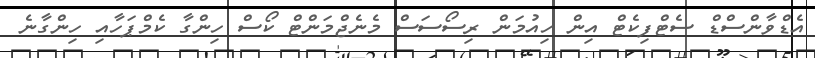
އެޑްވާންސްޑް ސެޓްފިކެޓް އިން ހިއުމަން ރިސޯސަސް މެނެޖްމަންޓް ކޯސް ހިންގާ ކެމްޕަހާއި ހިންގާނެ